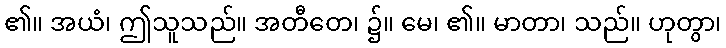
၏။ အယံ၊ ဤသူသည်။ အတီတေ၊ ၌။ မေ၊ ၏။ မာတာ၊ သည်။ ဟုတွာ၊